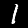
Digit: 1